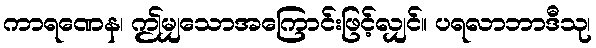
ကာရဏေန၊ ဤမျှသောအကြောင်းဖြင့်လျှင်။ ပရလာဘာဒီသု၊